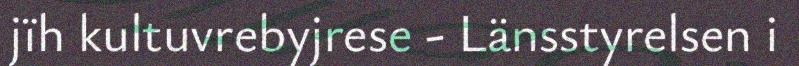
jïh kultuvrebyjrese - Länsstyrelsen i